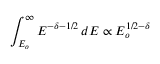
\int _ { E _ { o } } ^ { \infty } E ^ { - \delta - 1 / 2 } \, d E \propto E _ { o } ^ { 1 / 2 - \delta }